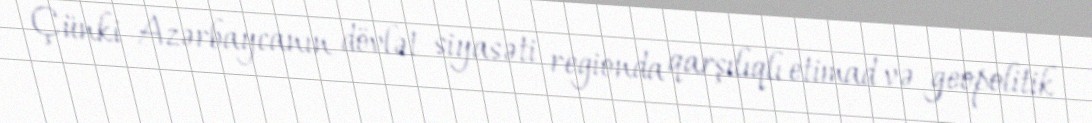
Çünki Azərbaycanın dövlət siyasəti regionda qarşılıqlı etimad və geopolitik